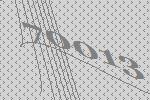
70013